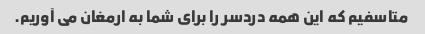
متاسفیم که این همه دردسر را برای شما به ارمغان می آوریم.